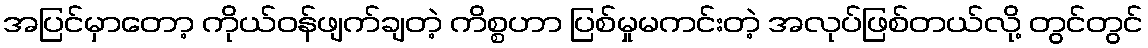
အပြင်မှာတော့ ကိုယ်ဝန်ဖျက်ချတဲ့ ကိစ္စဟာ ပြစ်မှုမကင်းတဲ့ အလုပ်ဖြစ်တယ်လို့ တွင်တွင်